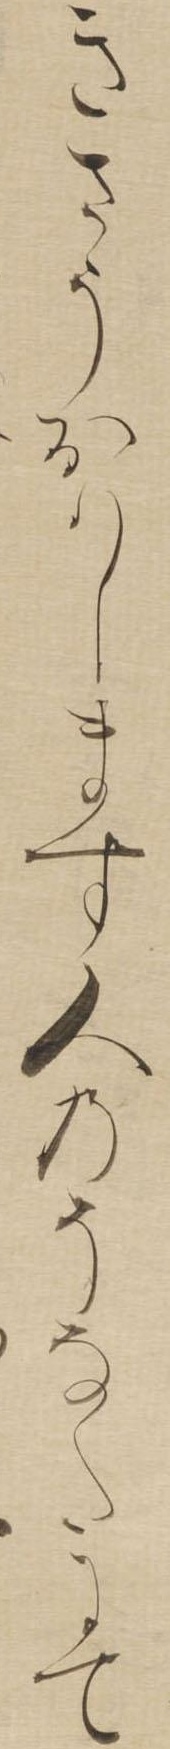
きさうおはします人のそなたにて